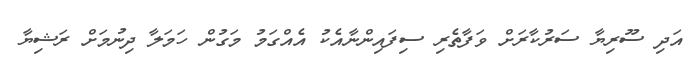
އަދި ސޫރިޔާ ސަރުކާރަށް ވަފާތެރި ސިފައިންނާއެކު އެއްގަމު މަގުން ހަމަލާ ދިނުމަށް ރަޝިޔާ